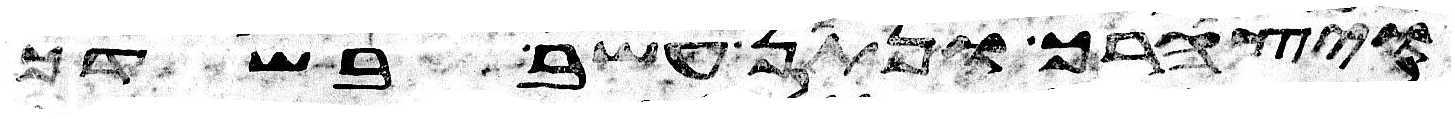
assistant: ויצהרך ונתן עשב בשדך